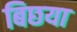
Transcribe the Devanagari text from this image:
बिछया